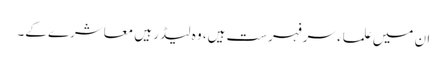
ان میں علماء سرفہرست ہیں، وہ لیڈر ہیں معاشرے کے۔